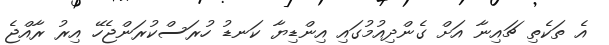
އެ ތަކެތި ޗައިނާ އަށް ގެންދިއުމުގައި އިންޑިޔާ ކަނޑު ހުރަސްކުރަންޖެހޭ އިރު ރާއްޖެ